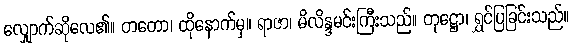
လျှောက်ဆိုလေ၏။ တတော၊ ထိုနောက်မှ။ ရာဇာ၊ မိလိန္ဒမင်းကြီးသည်။ တုဋ္ဌော၊ ရွှင်ပြခြင်းသည်။